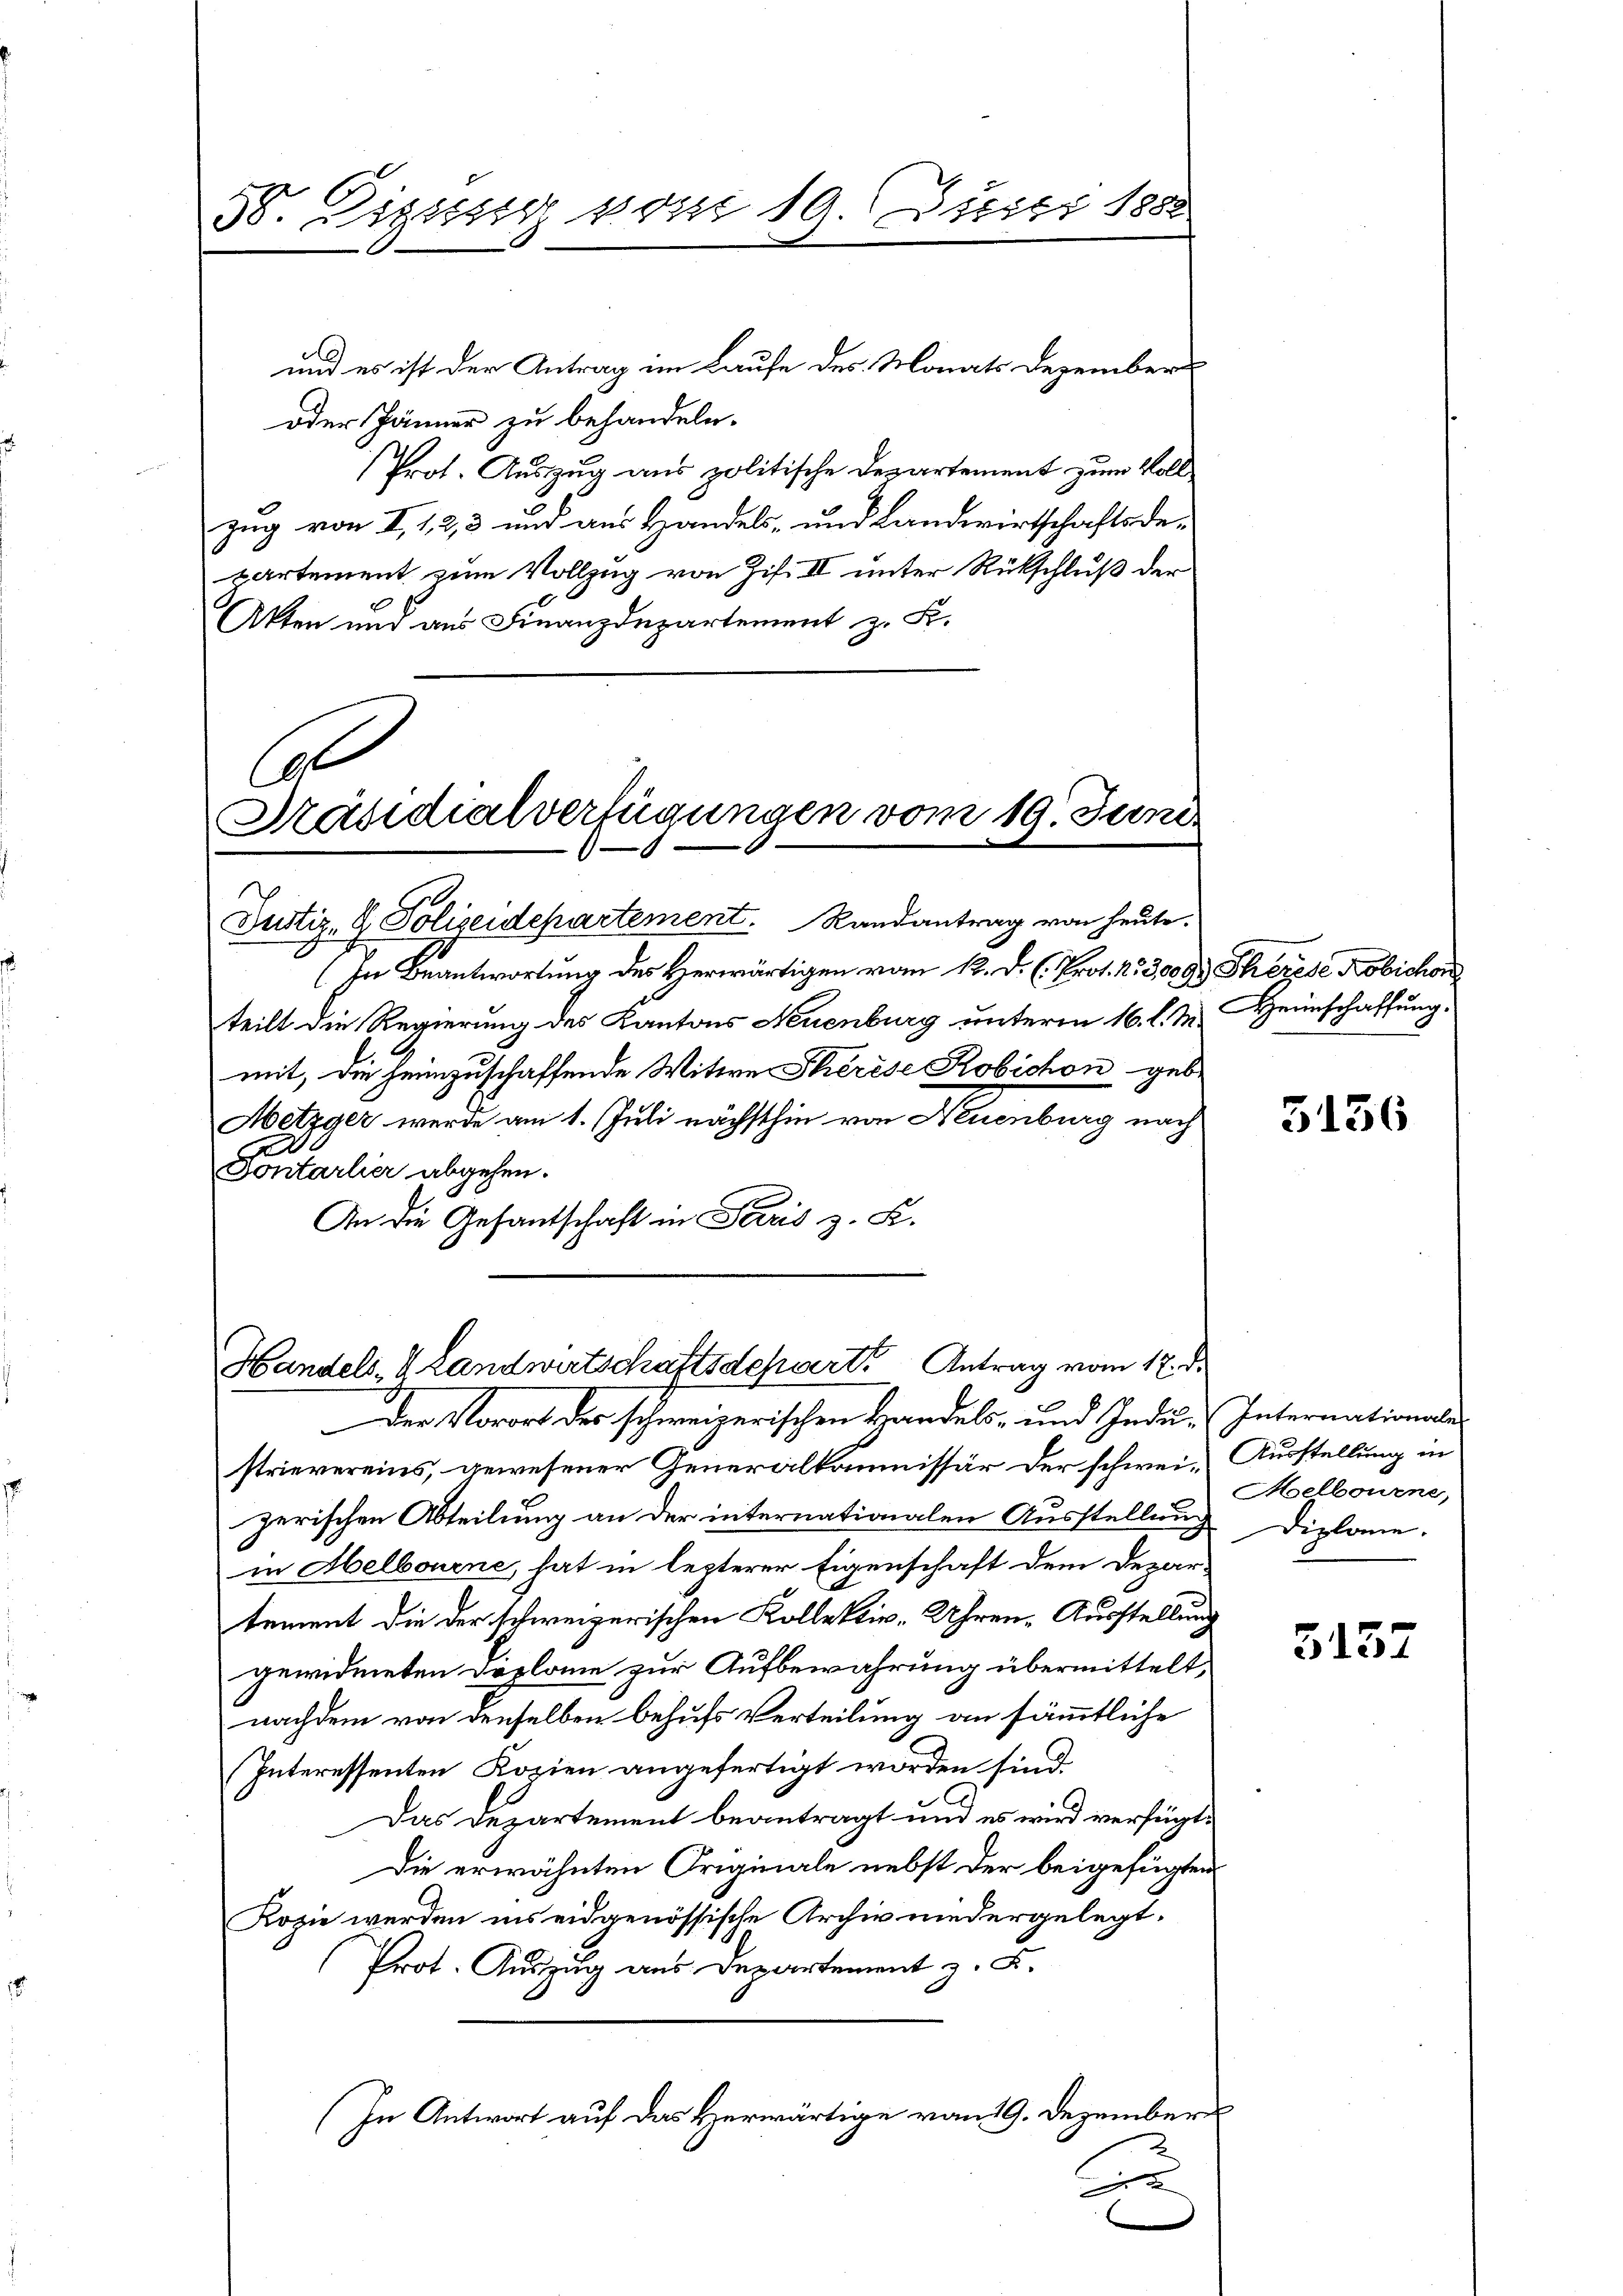
38. Digsssig vom 10. Juni 1888

und es ist der Antrag im Laufe des Monats Dezember
oder Jänner zu behandeln.
Prot. Auszug aus politische Departement zum Vollzug von I, 1, 2, 3 und aus Handels- und Landwirtschaftsdepartement zum Vollzug von Zif. II unter Rückschluß der
Akten und aus Finanzdepartement z. K.
Col

Präsidialverfügungen vom 19. Juni.
Justiz- & Polizeidepartement. Randantrag von heute.
(In Beantwortung des Herwärtigen vom 12. D. C. Prot. No 3,009. Therese Kobichon

teilt die Regierung des Kantons Neuenburg unterm 16. l. M. Heimschaffung.
mit, die heimzuschaffende Witwe Therese Robichon gebe
Metzger werde am 1. Juli nächsthin von Neuenburg nach
.
Fontarlier abgehen.
An die Gesantschaft in Paris z. K.

Handels- & Landwirtschaftsdepart. Antrag vom 17. d.
Der Vorort des schweizerischen Handels- und Indu¬

strievereins, gewesener Generalkommissär der schweizerischen Abteilung an der internationalen Ausstellung
in Abelbourne, hat in lezterer Eigenschaft dem Departement die der schweizerischen Kollektiv-Uhren-Ausstellung
gewidmeten Doplane zur Aufbewahrung übermittelt,
nachdem von denselben behufs Verteilung an sämmtliche
Interessenten Kopien angefertigt worden sind
Das Departement beantragt und es wird verfügt,
Die erwähnten Originale nebst der beigefügten
Kopie werden ins eidgenössische Archiv niedergelegt.
Prot. Auszug aus Departement z. B.
(In Antwort auf das Herwärtige vom 19. Dezember
u

5136

Internationale
Ausstellung in
oelbourne,
Diplane.

5157